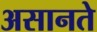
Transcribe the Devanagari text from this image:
असानते